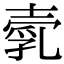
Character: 𡔵